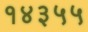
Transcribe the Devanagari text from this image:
१४३५५